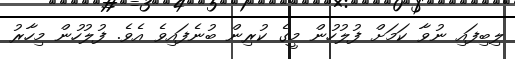
ލިބިފައި ނުވާ ކަަމަށް ފުލުހުން މީގެ ކުރިން ބުނެފައިވެ އެވެ. ފުލުހުން މިހާރު